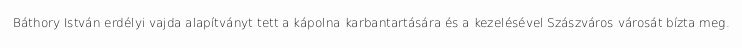
Báthory István erdélyi vajda alapítványt tett a kápolna karbantartására és a kezelésével Szászváros városát bízta meg.